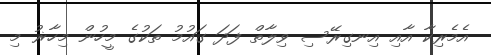
އެމެރިކާ އާއި އިނގިރޭސި ވިލާތް ފަދަ ގައުމު ތަކުގެ މީހުން މިހާޜު މި